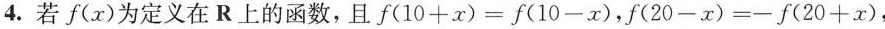
4.若$$f(x)$$为定义在R上的函数，且$$f(10+x)=f(10-x)$$，$$f(20-x)=-f(20+x)$$，